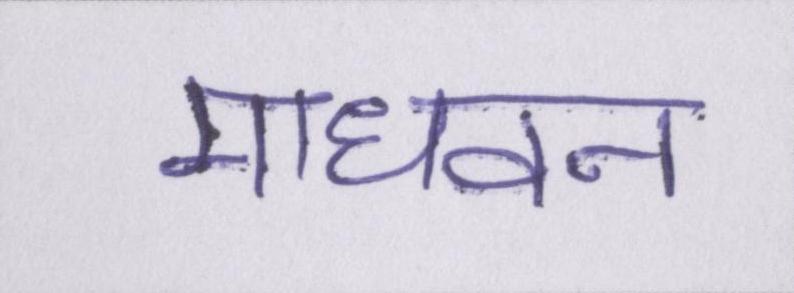
माधवन